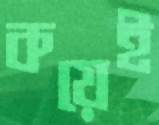
কয়েই